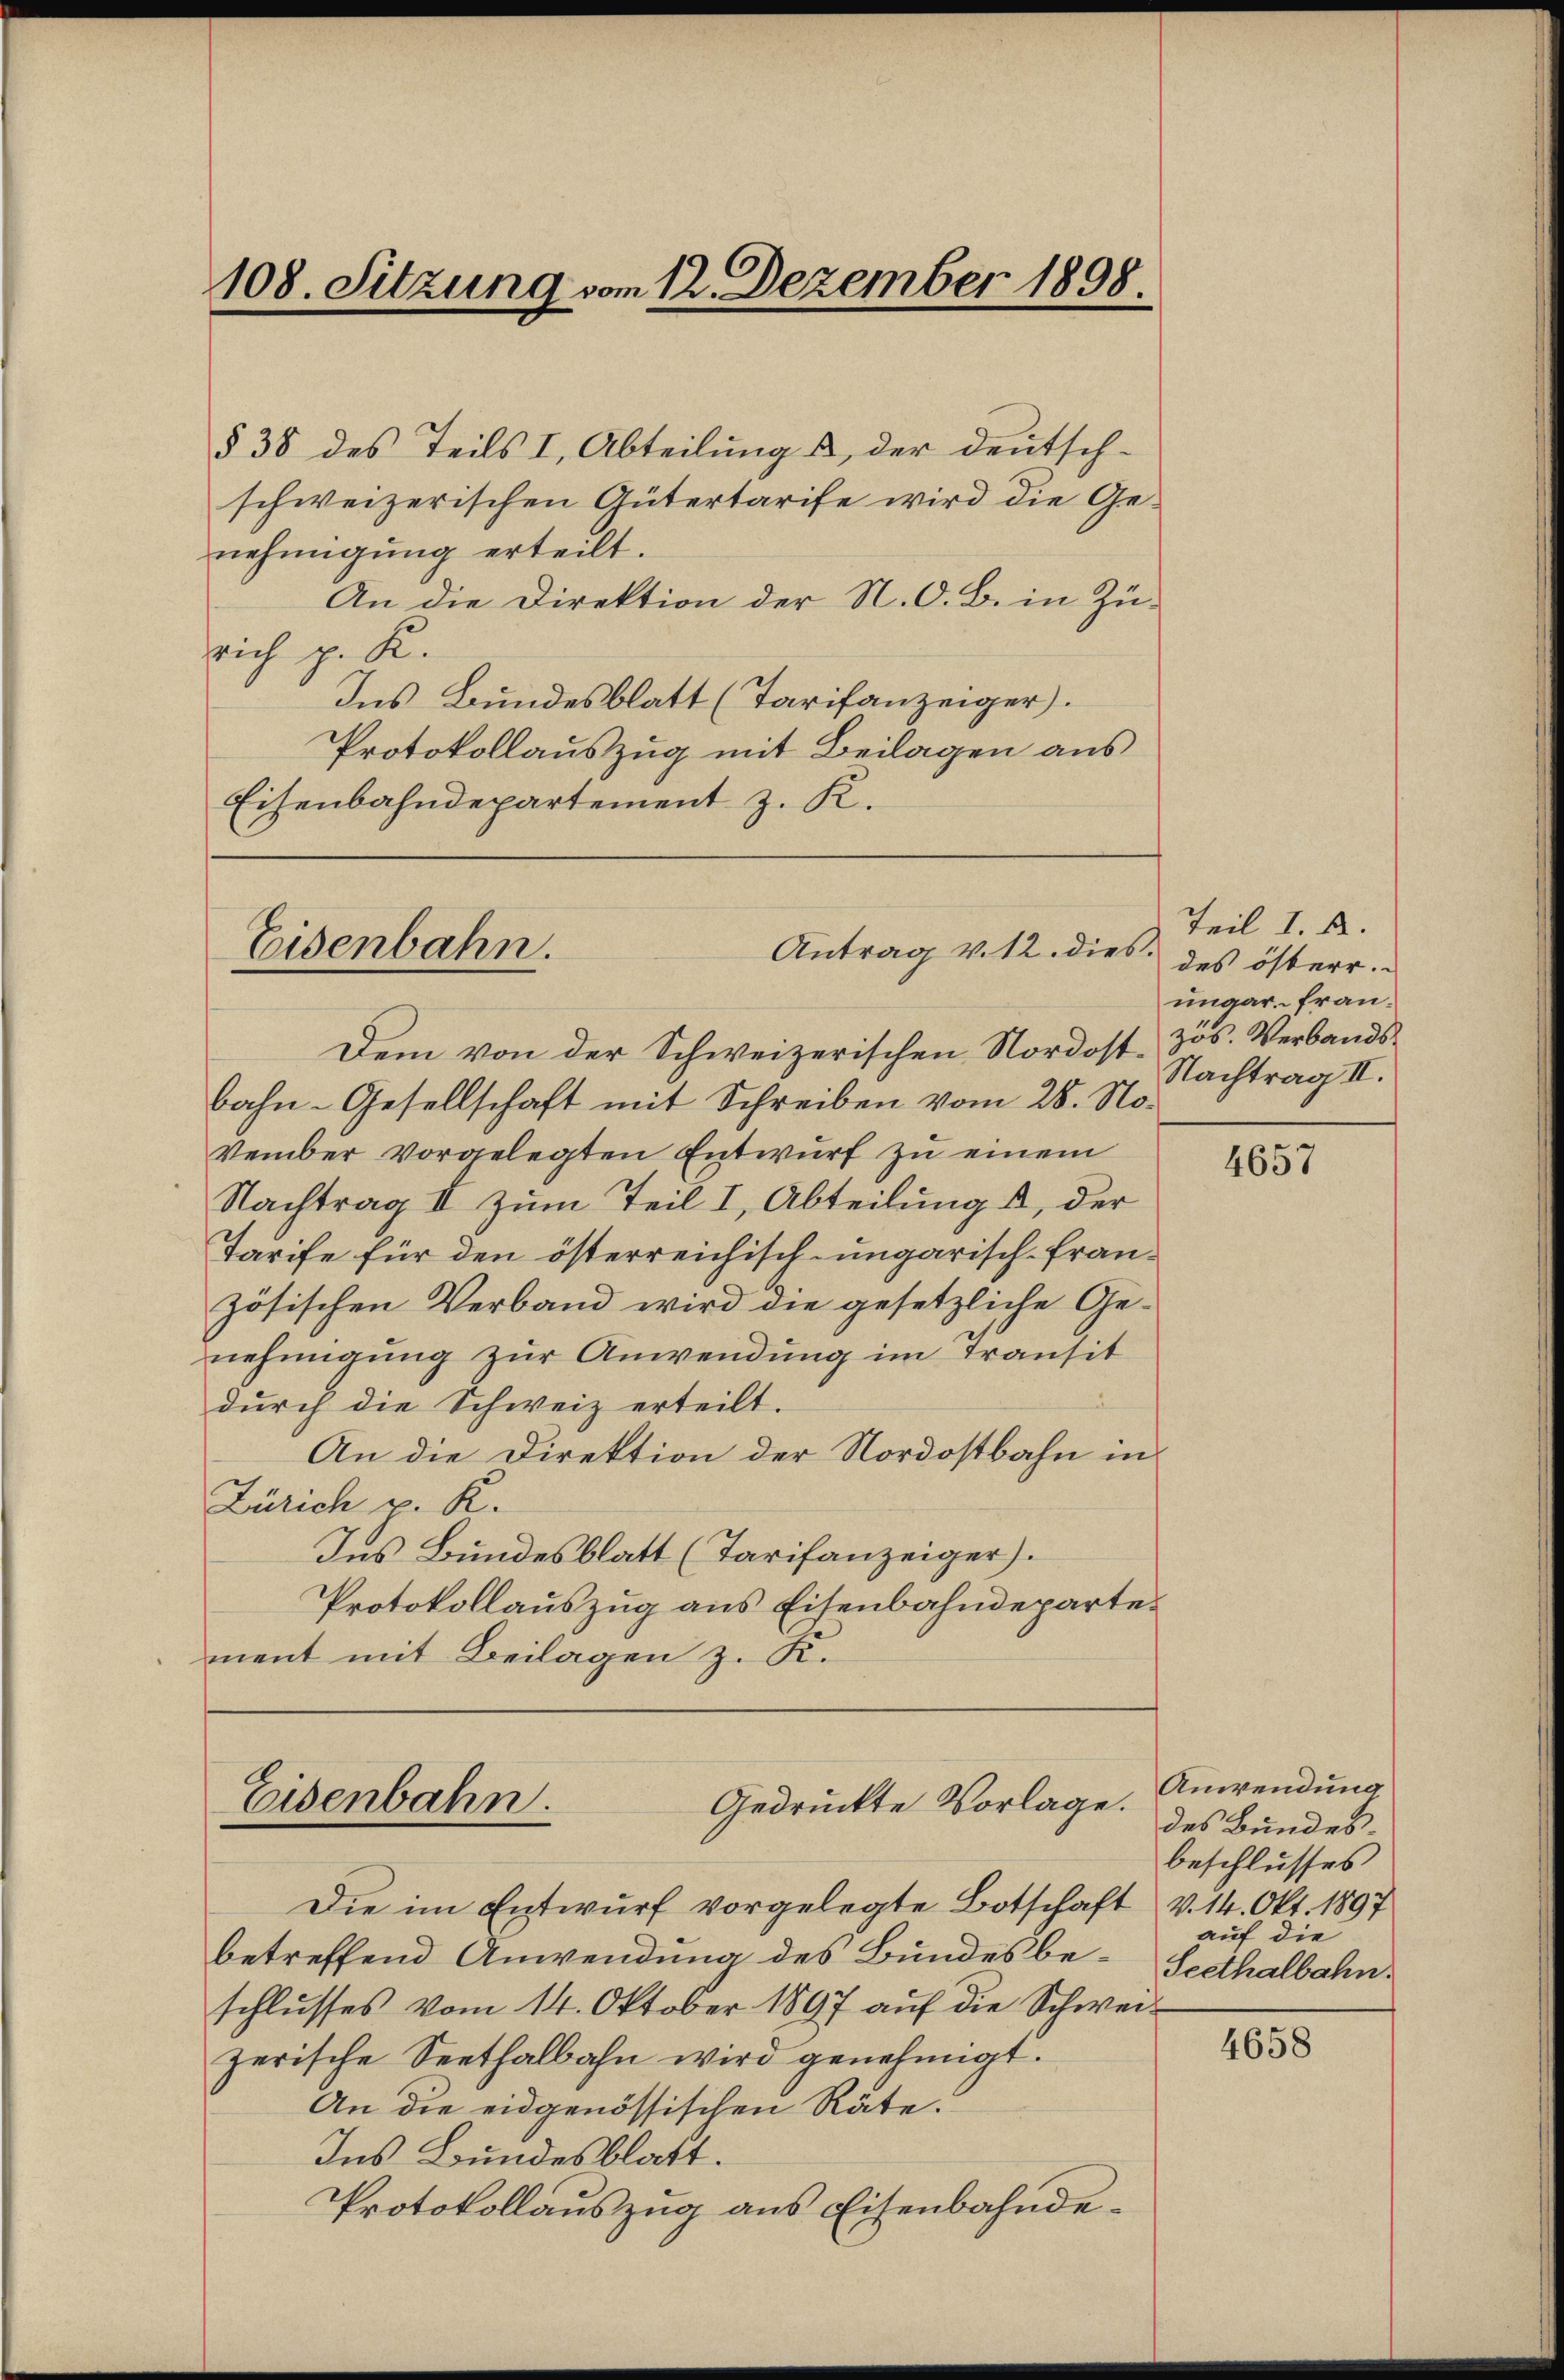
§ 38 des Teils I, Abteilung & der Deutsch-
schweizerischen Gütertarife wird die Genehmigung erteilt.
An die Direktion der N. O. B. in Zürich p. K.
Ins Bundesblatt (Tarifanzeiger.
Protokollauszug mit Beilagen aus
Eisenbahndepartement z. K.

108. Sitzung vom 12. Dezember 1898

Eisenbahn.

Antrag v. 12. dies.

Dem von der Schweizerischen Nordost. Jos. Verbandsbahn-Gesellschaft mit Schreiben vom 28. November vorgelegten Entwurf zu einem
Nachtrag II zum Teil I, Abteilungst, der
Tarife für den österreichisch-ungarisch-Französischen Verband wird die gesetzliche Genehmigung zur Anwendung im transit
durch die Schweiz erteilt.
An die Direktion der Nordostbahn in
Zürich u. K.
Ins Bundesblatt (Tarifanzeiger).
Protokollauszug aus Eisenbahndepartement mit Beilagen z. K.

Eisenbahn.
Gedruckte Vorlage.

Die im Entwurf vorgelegte Botschaft
betreffend Anwendung des Bundesbeschlusses vom 14. Oktober 1897 auf die Schweizerische Seethalbahn wird genehmigt.
An die eidgenössischen Räte.
Ins Bundesblatt.
Protokollauszug aus Eisenbahnde¬

Teil I. A.
des österr.
ungar. Fran¬
Nachtrag II.

4657

Anwendung
des Bundesbeschlusses
V. 14. Okt. 1897
auf die
Seethalbahn.

4658